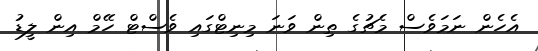
އެހެން ނަމަވެސް މެޗުގެ ތިން ވަނަ މިނިޓްގައި ވެސްޓް ހޭމް އިން ލީޑު